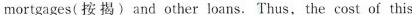
mortgages(按揭)and other loans. Thus, the cost of this